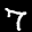
Label: 7